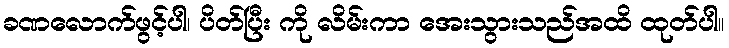
ခဏလောက်ဖွင့်ပါ၊ ပိတ်ပြီး ကို လိမ်းကာ အေးသွားသည်အထိ ထုတ်ပါ။